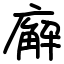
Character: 廨